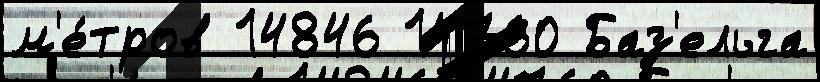
м'е́тров 14846 14760 Баз'ельга